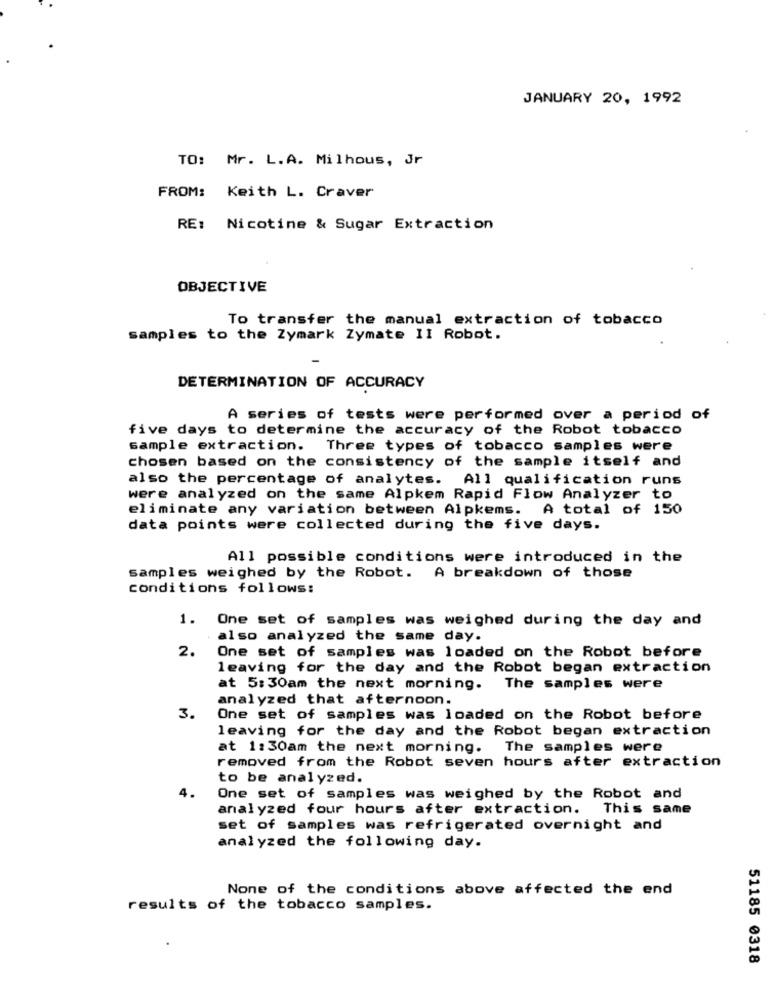
JANUARY 20, 1992
TO: Mr. L.A. Milhous, Jr
FROM: Keith L. Craver
RE: Nicotine & Sugar Extraction
OBJECTIVE
To transfer the manual extraction of tobacco
samples to the Zymark Zymate II Robot.
DETERMINATION OF ACCURACY
A series of tests were performed over a period of
five days to determine the accuracy of the Robot tobacco
sample extraction. Three types of tobacco samples were
chosen based on the consistency of the sample itself and
also the percentage of analytes. All qualification runs
were analyzed on the same Alpkem Rapid Flow Analyzer to
eliminate any variation between Alpkems. A total of 150
data points were collected during the five days.
All possible conditions were introduced in the
samples weighed by the Robot.
A breakdown of those
conditions follows:
1. One set of samples was weighed during the day and
also analyzed the same day.
2.
One set of samples was loaded on the Robot before
leaving for the day and the Robot began extraction
at 5:30am the next morning.
The samples were
analyzed that afternoon.
3.
One set of samples was loaded on the Robot before
leaving for the day and the Robot began extraction
at 1:30am the next morning. The samples were
removed from the Robot seven hours after extraction
to be analyzed.
4.
One set of samples was weighed by the Robot and
analyzed four hours after extraction. This same
set of samples was refrigerated overnight and
analyzed the following day.
None of the conditions above affected the end
results of the tobacco samples.
51185 0318